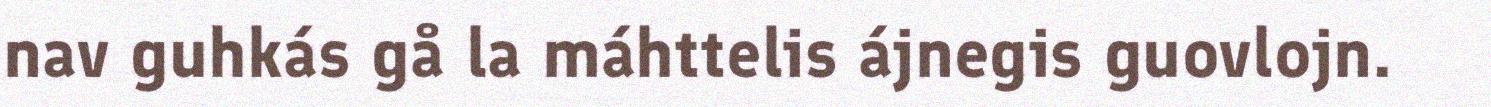
nav guhkás gå la máhttelis ájnegis guovlojn.